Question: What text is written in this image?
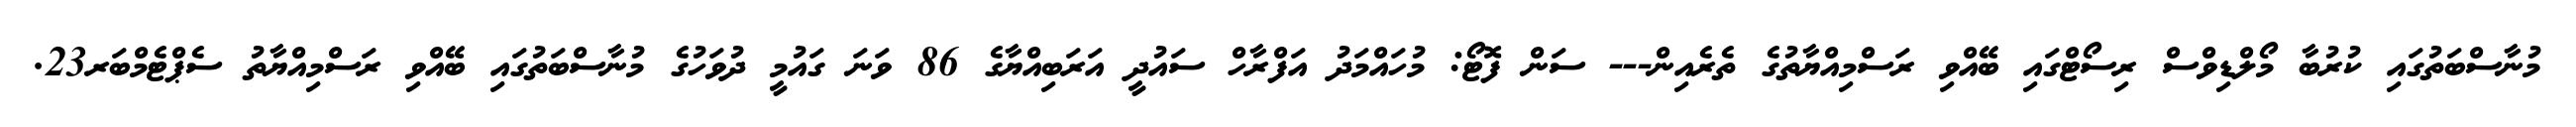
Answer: މުނާސްބަތުގައި ކުރުބާ މޯލްޑިވްސް ރިސޯޓްގައި ބޭއްވި ރަސްމިއްޔާތުގެ ތެރެއިން--- ސަން ފޮޓޯ: މުހައްމަދު އަފްރާހް ސައުދީ އަރަބިއްޔާގެ 86 ވަނަ ގައުމީ ދުވަހުގެ މުނާސްބަތުގައި ބޭއްވި ރަސްމިއްޔާތު ސެޕްޓެމްބަރ23.